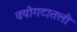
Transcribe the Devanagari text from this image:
वयोगटातली